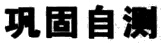
巩固自测